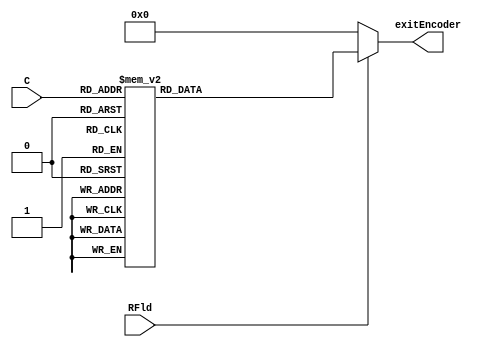
module binaryDecoder(output reg [31:0] exitEncoder, input [4:0] C , input RFld);
	always @(C, RFld) begin
		if (!RFld) begin
			exitEncoder = 0;
		end
		else begin
			case(C)
				5'b00000: exitEncoder = 32'b00000000000000000000000000000001;	
				5'b00001: exitEncoder = 32'b00000000000000000000000000000010;	
				5'b00010: exitEncoder = 32'b00000000000000000000000000000100;
				5'b00011: exitEncoder = 32'b00000000000000000000000000001000;	
				5'b00100: exitEncoder = 32'b00000000000000000000000000010000;
				5'b00101: exitEncoder = 32'b00000000000000000000000000100000;
				5'b00110: exitEncoder = 32'b00000000000000000000000001000000;
				5'b00111: exitEncoder = 32'b00000000000000000000000010000000;
				5'b01000: exitEncoder = 32'b00000000000000000000000100000000;
				5'b01001: exitEncoder = 32'b00000000000000000000001000000000;
				5'b01010: exitEncoder = 32'b00000000000000000000010000000000;
				5'b01011: exitEncoder = 32'b00000000000000000000100000000000;
				5'b01100: exitEncoder = 32'b00000000000000000001000000000000;
				5'b01101: exitEncoder = 32'b00000000000000000010000000000000;
				5'b01110: exitEncoder = 32'b00000000000000000100000000000000;
				5'b01111: exitEncoder = 32'b00000000000000001000000000000000;
				5'b10000: exitEncoder = 32'b00000000000000010000000000000000;
				5'b10001: exitEncoder = 32'b00000000000000100000000000000000;
				5'b10010: exitEncoder = 32'b00000000000001000000000000000000;
				5'b10011: exitEncoder = 32'b00000000000010000000000000000000;
				5'b10100: exitEncoder = 32'b00000000000100000000000000000000;
				5'b10101: exitEncoder = 32'b00000000001000000000000000000000;
				5'b10110: exitEncoder = 32'b00000000010000000000000000000000;
				5'b10111: exitEncoder = 32'b00000000100000000000000000000000;
				5'b11000: exitEncoder = 32'b00000001000000000000000000000000;
				5'b11001: exitEncoder = 32'b00000010000000000000000000000000;
				5'b11010: exitEncoder = 32'b00000100000000000000000000000000;	
				5'b11011: exitEncoder = 32'b00001000000000000000000000000000;
				5'b11100: exitEncoder = 32'b00010000000000000000000000000000;
				5'b11101: exitEncoder = 32'b00100000000000000000000000000000;
				5'b11110: exitEncoder = 32'b01000000000000000000000000000000;
				5'b11111: exitEncoder = 32'b10000000000000000000000000000000;
			endcase
		end
	end // always @(C, RFld)
endmodule

module mux32To1(output reg [31:0] PA, input[4:0] A, input[31:0] E0, input[31:0] E1, input[31:0] E2, input[31:0] E3, input[31:0] E4, input[31:0] E5,
	input[31:0] E6, input[31:0]E7, input[31:0]E8, input[31:0]E9,input[31:0]E10,input[31:0]E11,input[31:0]E12,input[31:0]E13,input[31:0]E14,
	input[31:0]E15, input[31:0]E16, input[31:0]E17, input[31:0]E18, input[31:0]E19, input[31:0]E20, input[31:0]E21, input[31:0]E22, input[31:0]E23,
	input[31:0]E24, input[31:0]E25, input[31:0]E26, input[31:0]E27, input[31:0]E28, input[31:0]E29, input[31:0]E30, input[31:0]E31 );
	always @(A,E0,E1,E2,E3,E4,E5,E6,E7,E8,E9,E10,E11,E12,E13,E14,E15,E16,E17,E18,E19,E20,E21,E22,E23,E24,E25,E26,E27,E28,E29,E30,E31) 
		begin
			case(A)
				5'b00000: PA <= E0; 	
				5'b00001: PA <= E1; 	
				5'b00010: PA <= E2; 
				5'b00011: PA <= E3; 
				5'b00100: PA <= E4; 
				5'b00101: PA <= E5; 
				5'b00110: PA <= E6; 
				5'b00111: PA <= E7; 
				5'b01000: PA <= E8; 
				5'b01001: PA <= E9; 
				5'b01010: PA <= E10; 
				5'b01011: PA <= E11; 
				5'b01100: PA <= E12; 
				5'b01101: PA <= E13; 
				5'b01110: PA <= E14; 
				5'b01111: PA <= E15; 
				5'b10000: PA <= E16; 
				5'b10001: PA <= E17; 
				5'b10010: PA <= E18; 
				5'b10011: PA <= E19; 
				5'b10100: PA <= E20; 
				5'b10101: PA <= E21; 
				5'b10110: PA <= E22; 
				5'b10111: PA <= E23; 
				5'b11000: PA <= E24; 
				5'b11001: PA <= E25; 
				5'b11010: PA <= E26; 
				5'b11011: PA <= E27; 
				5'b11100: PA <= E28; 
				5'b11101: PA <= E29; 
				5'b11110: PA <= E30; 
				5'b11111: PA <= E31; 
		endcase
	end
endmodule
module register32Bit(output reg [31:0] Q, input[31:0] D, input Rld, clk);
	initial begin
		Q <= 0;	
	end
	always @(posedge clk) 
		begin
			if(Rld)begin
				Q <= D;
			end
		end
endmodule

module registerFile(output wire[31:0]PA,output wire[31:0]PB,input [4:0]InDecoder,input [31:0]InRegister,
	input [4:0] MuxA,input [4:0] MuxB, input RFLd, input clk);
	
	
	wire [31:0] DecOut;
	wire [31:0] PortA;
	wire [31:0] PortB;
	binaryDecoder BinDec(DecOut,InDecoder,RFLd);

	wire [31:0] R0Out;
	wire [31:0] R1Out;
	wire [31:0] R2Out;
	wire [31:0] R3Out;
	wire [31:0] R4Out;
	wire [31:0] R5Out;
	wire [31:0] R6Out;
	wire [31:0] R7Out;
	wire [31:0] R8Out;
	wire [31:0] R9Out;
	wire [31:0] R10Out;
	wire [31:0] R11Out;
	wire [31:0] R12Out;
	wire [31:0] R13Out;
	wire [31:0] R14Out;
	wire [31:0] R15Out;
	wire [31:0] R16Out;
	wire [31:0] R17Out;
	wire [31:0] R18Out;
	wire [31:0] R19Out;
	wire [31:0] R20Out;
	wire [31:0] R21Out;
	wire [31:0] R22Out;
	wire [31:0] R23Out;
	wire [31:0] R24Out;
	wire [31:0] R25Out;
	wire [31:0] R26Out;
	wire [31:0] R27Out;
	wire [31:0] R28Out;
	wire [31:0] R29Out;
	wire [31:0] R30Out;
	wire [31:0] R31Out;



	register32Bit R0(R0Out,InRegister,DecOut[0],clk);
	register32Bit R1(R1Out,InRegister,DecOut[1],clk);
	register32Bit R2(R2Out,InRegister,DecOut[2],clk);
	register32Bit R3(R3Out,InRegister,DecOut[3],clk);
	register32Bit R4(R4Out,InRegister,DecOut[4],clk);
	register32Bit R5(R5Out,InRegister,DecOut[5],clk);
	register32Bit R6(R6Out,InRegister,DecOut[6],clk);
	register32Bit R7(R7Out,InRegister,DecOut[7],clk);
	register32Bit R8(R8Out,InRegister,DecOut[8],clk);
	register32Bit R9(R9Out,InRegister,DecOut[9],clk);
	register32Bit R10(R10Out,InRegister,DecOut[10],clk);
	register32Bit R11(R11Out,InRegister,DecOut[11],clk);
	register32Bit R12(R12Out,InRegister,DecOut[12],clk);
	register32Bit R13(R13Out,InRegister,DecOut[13],clk);
	register32Bit R14(R14Out,InRegister,DecOut[14],clk);
	register32Bit R15(R15Out,InRegister,DecOut[15],clk);
	register32Bit R16(R16Out,InRegister,DecOut[16],clk);
	register32Bit R17(R17Out,InRegister,DecOut[17],clk);
	register32Bit R18(R18Out,InRegister,DecOut[18],clk);
	register32Bit R19(R19Out,InRegister,DecOut[19],clk);
	register32Bit R20(R20Out,InRegister,DecOut[20],clk);
	register32Bit R21(R21Out,InRegister,DecOut[21],clk);
	register32Bit R22(R22Out,InRegister,DecOut[22],clk);
	register32Bit R23(R23Out,InRegister,DecOut[23],clk);
	register32Bit R24(R24Out,InRegister,DecOut[24],clk);
	register32Bit R25(R25Out,InRegister,DecOut[25],clk);
	register32Bit R26(R26Out,InRegister,DecOut[26],clk);
	register32Bit R27(R27Out,InRegister,DecOut[27],clk);
	register32Bit R28(R28Out,InRegister,DecOut[28],clk);
	register32Bit R29(R29Out,InRegister,DecOut[29],clk);
	register32Bit R30(R30Out,InRegister,DecOut[30],clk);
	register32Bit R31(R31Out,InRegister,DecOut[31],clk);

	mux32To1 muxA(PA,MuxA,R0Out,R1Out,R2Out,R3Out,R4Out,R5Out,R6Out,R7Out,R8Out,R9Out,R10Out,R11Out,R12Out,R13Out,R14Out,R15Out,R16Out,
					R17Out,R18Out,R19Out,R20Out,R21Out,R22Out,R23Out,R24Out,R25Out,R26Out,R27Out,R28Out,R29Out,R30Out,R31Out);
	mux32To1 muxB(PB,MuxB,R0Out,R1Out,R2Out,R3Out,R4Out,R5Out,R6Out,R7Out,R8Out,R9Out,R10Out,R11Out,R12Out,R13Out,R14Out,R15Out,R16Out,
					R17Out,R18Out,R19Out,R20Out,R21Out,R22Out,R23Out,R24Out,R25Out,R26Out,R27Out,R28Out,R29Out,R30Out,R31Out);

	always @(R1Out, R2Out, R3Out) begin
		// $display("R1_out %b", R1Out);
		// $display("R2_out %b", R2Out);
		// $display("R3_out %b", R3Out);
		// $display("R5_out %b", R5Out);
		// $display("In Register %b",InRegister);
		//display("R5_out %b", R5Out);
	end // always @(posedge clk)
endmodule